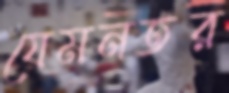
যেমনতর